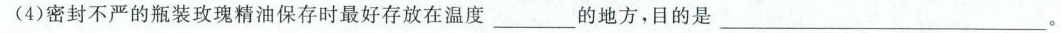
(4)密封不严的瓶装玫瑰精油保存时最好存放在温度___的地方，目的是___。